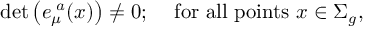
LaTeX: \mathrm { d e t } \left( e _ { \mu } ^ { \, \, a } ( x ) \right) \neq 0 ; \, \, \, \, \, \mathrm { ~ f o r ~ a l l ~ p o i n t s ~ } x \in \Sigma _ { g } ,